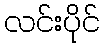
လင်းပိုင်